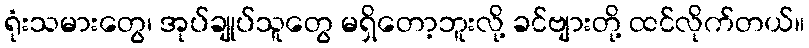
ရုံးသမားတွေ၊ အုပ်ချုပ်သူတွေ မရှိတော့ဘူးလို့ ခင်ဗျားတို့ ထင်လိုက်တယ်။